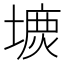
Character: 𡐝